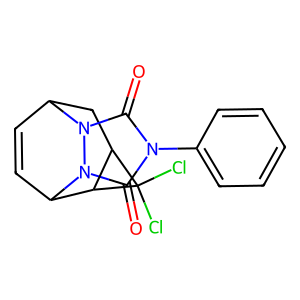
SMILES: O=c1n(-c2ccccc2)c(=O)n2n1C1C=CC2C2C(C1)C2(Cl)Cl
Inhibits HIV replication: No